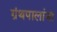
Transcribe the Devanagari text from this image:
ग्रंथपालांना